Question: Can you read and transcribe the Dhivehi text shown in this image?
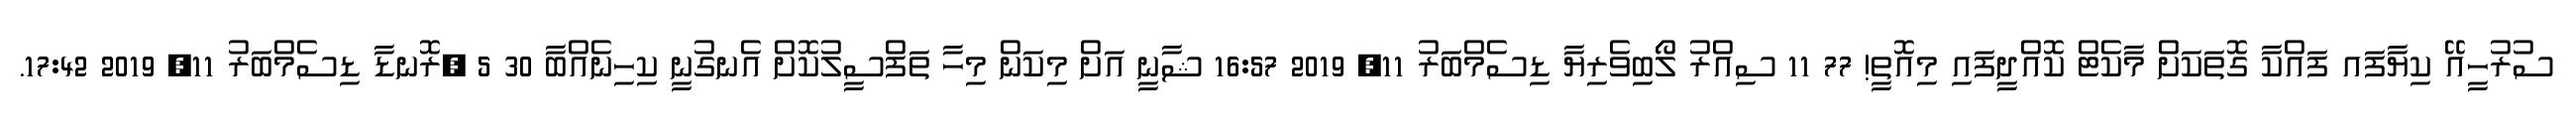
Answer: ސުރުހީއޭ ކިޔާފައ ފައްކާ ގޮތަކަށް މާކެޓް ކޮއްދީފައި މިއޮތީ! 77 11 ސިއްރު ލޯބިވެރިޔާ ޑިސެމްބަރު 11, 2019 16:57 ޝާނީ އަށް މިކަން މިހާ ތަފްސީލުކޮށް އެނގުނީ ކިހިނެއްބާ 30 5 ?ރޮނޑާ ޑިސެމްބަރު 11, 2019 17:42.